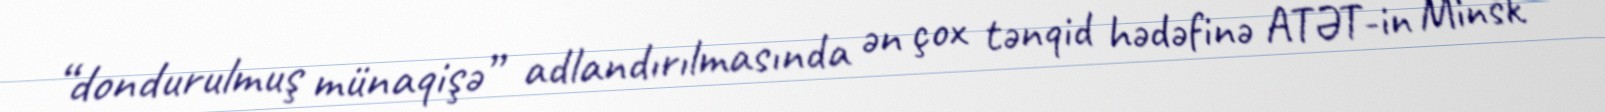
“dondurulmuş münaqişə” adlandırılmasında ən çox tənqid hədəfinə ATƏT-in Minsk